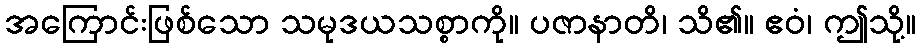
အကြောင်းဖြစ်သော သမုဒယသစ္စာကို။ ပဇာနာတိ၊ သိ၏။ ဧဝံ၊ ဤသို့။